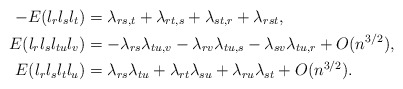
\begin{align*}-E(l_rl_sl_t)&=\lambda_{rs,t}+\lambda_{rt,s}+\lambda_{st,r}+\lambda_{rst},\\E(l_rl_sl_{tu}l_v)&=-\lambda_{rs}\lambda_{tu,v}-\lambda_{rv}\lambda_{tu,s}-\lambda_{sv}\lambda_{tu,r}+O(n^{3/2}),\\E(l_rl_sl_tl_u)&=\lambda_{rs}\lambda_{tu}+\lambda_{rt}\lambda_{su}+\lambda_{ru}\lambda_{st}+O(n^{3/2}).\end{align*}